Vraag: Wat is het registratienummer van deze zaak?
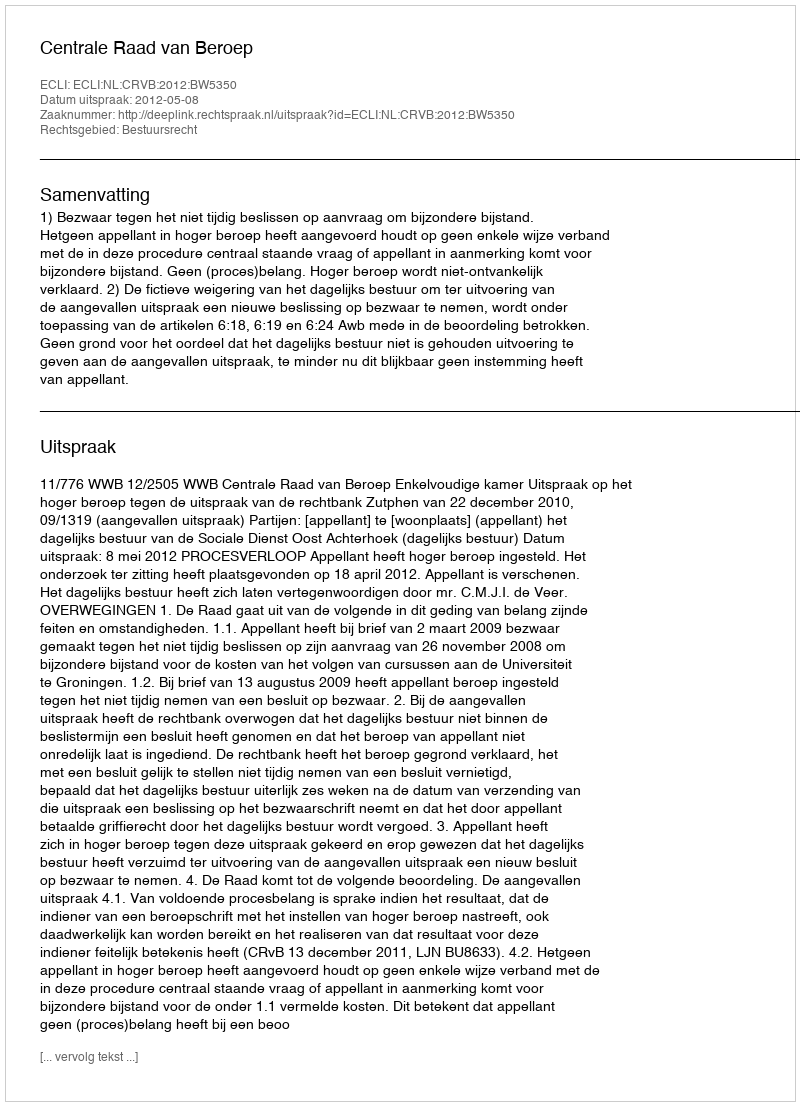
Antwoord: http://deeplink.rechtspraak.nl/uitspraak?id=ECLI:NL:CRVB:2012:BW5350